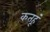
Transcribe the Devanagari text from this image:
कतहूं